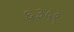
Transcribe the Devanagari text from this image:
६३५९